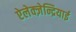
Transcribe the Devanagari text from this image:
ऐलेक्ज़ेन्द्रियाई